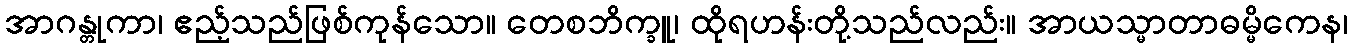
အာဂန္တုကာ၊ ဧည့်သည်ဖြစ်ကုန်သော။ တေစဘိက္ခူ၊ ထိုရဟန်းတို့သည်လည်း။ အာယသ္မာတာဓမ္မိကေန၊